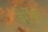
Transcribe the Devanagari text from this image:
वेर्रीबी